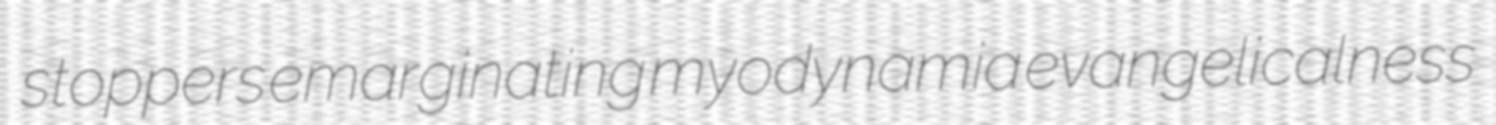
stoppers emarginating myodynamia evangelicalness